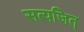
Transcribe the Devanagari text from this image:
सत्यजित्‌